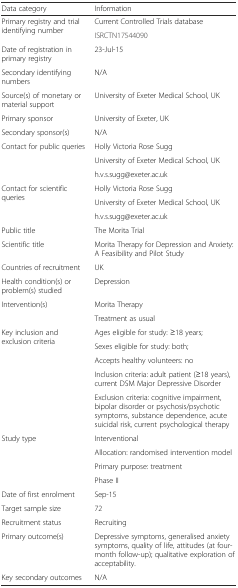
<table><thead><tr><td><b>Data category</b></td><td><b>Information</b></td></tr></thead><tbody><tr><td rowspan="2">Primary registry and trial identifying number</td><td>Current Controlled Trials database</td></tr><tr><td>ISRCTN17544090</td></tr><tr><td>Date of registration in primary registry</td><td>23-Jul-15</td></tr><tr><td>Secondary identifying numbers</td><td>N/A</td></tr><tr><td>Source(s) of monetary or material support</td><td>University of Exeter Medical School, UK</td></tr><tr><td>Primary sponsor</td><td>University of Exeter, UK</td></tr><tr><td>Secondary sponsor(s)</td><td>N/A</td></tr><tr><td rowspan="3">Contact for public queries</td><td>Holly Victoria Rose Sugg</td></tr><tr><td>University of Exeter Medical School, UK</td></tr><tr><td>h.v.s.sugg@exeter.ac.uk</td></tr><tr><td rowspan="3">Contact for scientific queries</td><td>Holly Victoria Rose Sugg</td></tr><tr><td>University of Exeter Medical School, UK</td></tr><tr><td>h.v.s.sugg@exeter.ac.uk</td></tr><tr><td>Public title</td><td>The Morita Trial</td></tr><tr><td>Scientific title</td><td>Morita Therapy for Depression and Anxiety: A Feasibility and Pilot Study</td></tr><tr><td>Countries of recruitment</td><td>UK</td></tr><tr><td>Health condition(s) or problem(s) studied</td><td>Depression</td></tr><tr><td rowspan="2">Intervention(s)</td><td>Morita Therapy</td></tr><tr><td>Treatment as usual</td></tr><tr><td rowspan="5">Key inclusion and exclusion criteria</td><td>Ages eligible for study: ≥18 years;</td></tr><tr><td>Sexes eligible for study: both;</td></tr><tr><td>Accepts healthy volunteers: no</td></tr><tr><td>Inclusion criteria: adult patient (≥18 years), current DSM Major Depressive Disorder</td></tr><tr><td>Exclusion criteria: cognitive impairment, bipolar disorder or psychosis/psychotic symptoms, substance dependence, acute suicidal risk, current psychological therapy</td></tr><tr><td rowspan="4">Study type</td><td>Interventional</td></tr><tr><td>Allocation: randomised intervention model</td></tr><tr><td>Primary purpose: treatment</td></tr><tr><td>Phase II</td></tr><tr><td>Date of first enrolment</td><td>Sep-15</td></tr><tr><td>Target sample size</td><td>72</td></tr><tr><td>Recruitment status</td><td>Recruiting</td></tr><tr><td>Primary outcome(s)</td><td>Depressive symptoms, generalised anxiety symptoms, quality of life, attitudes (at four-month follow-up); qualitative exploration of acceptability.</td></tr><tr><td>Key secondary outcomes</td><td>N/A</td></tr></tbody></table>